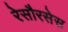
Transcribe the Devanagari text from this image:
रेसौरसेस